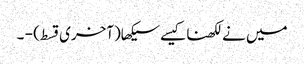
میں نےلکھناکیسےسیکھا(آخری قسط) - ۔